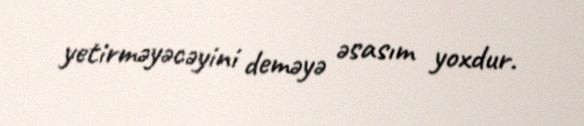
yetirməyəcəyini deməyə əsasım yoxdur.